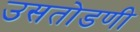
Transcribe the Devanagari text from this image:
उसतोडणी